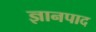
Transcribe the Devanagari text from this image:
ज्ञानपाद